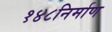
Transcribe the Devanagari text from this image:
१४८निर्माण